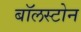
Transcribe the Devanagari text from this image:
बॉलस्टोन